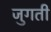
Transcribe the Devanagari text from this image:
जुगती